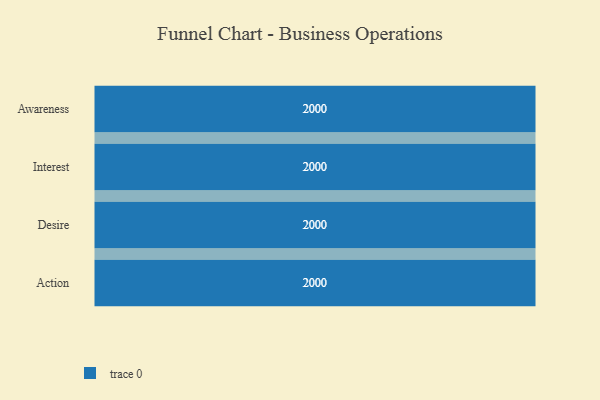
{"axis": {"x": "Stage", "y": "Value"}, "legend": [""], "data": [{"x": "Awareness", "y": 2000, "type": ""}, {"x": "Interest", "y": 2000, "type": ""}, {"x": "Desire", "y": 2000, "type": ""}, {"x": "Action", "y": 2000, "type": ""}]}